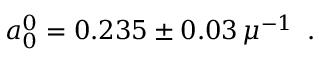
a _ { 0 } ^ { 0 } = 0 . 2 3 5 \pm 0 . 0 3 \, \mu ^ { - 1 } \enspace .